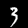
Digit: 3